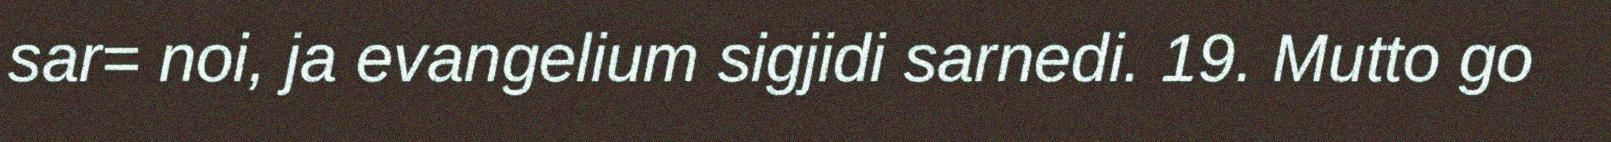
sar= noi, ja evangelium sigjidi sarnedi. 19. Mutto go